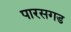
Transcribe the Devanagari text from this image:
पारसगड